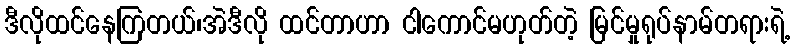
ဒီလိုထင်နေကြတယ်၊အဲဒီလို ထင်တာဟာ ငါကောင်မဟုတ်တဲ့ မြင်မှုရုပ်နာမ်တရားရဲ့